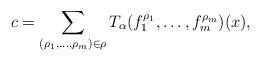
LaTeX: \begin{align*}c &= \sum\limits_{(\rho_{1},\dots,\rho_{m})\in \rho} T_{\alpha}(f_{1}^{\rho_{1}},\dots, f_{m}^{\rho_{m}})(x),\end{align*}